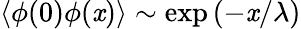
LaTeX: \langle\phi(0)\phi(\mathit{x})\rangle\sim\exp\left(-\mathit{x}/\lambda\right)